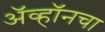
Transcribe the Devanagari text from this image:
ॲव्हॉनचा